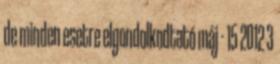
de minden esetre elgondolkodtató máj - 15 2012 3